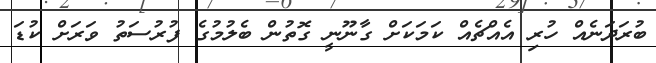
ބުރަދަނެއް ހުރި އެއްޗެއް ކަމަކަށް ގާނޫނީ ގޮތުން ބެލުމުގެ ފުރުސަތު ވަރަށް ކުޑަ